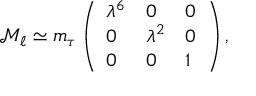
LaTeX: \mathcal { M } _ { \ell } \simeq m _ { \tau } \left( \begin{array} { l l l } { { \lambda ^ { 6 } } } & { { 0 } } & { { 0 } } \\ { { 0 } } & { { \lambda ^ { 2 } } } & { { 0 } } \\ { { 0 } } & { { 0 } } & { { 1 } } \end{array} \right) ,